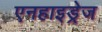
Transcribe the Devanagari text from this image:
एनहाइड्रेज